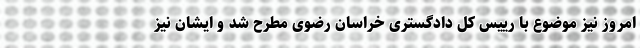
امروز نیز موضوع با رییس کل دادگستری خراسان رضوی مطرح شد و ایشان نیز